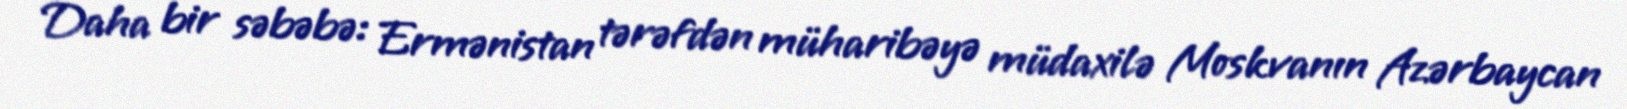
Daha bir səbəbə: Ermənistan tərəfdən müharibəyə müdaxilə Moskvanın Azərbaycan